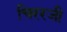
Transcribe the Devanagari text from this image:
चिररजी